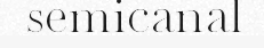
semicanal